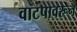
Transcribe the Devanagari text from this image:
वाटपावरून